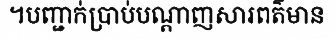
។បញ្ជាក់ប្រាប់បណ្តាញសារពត៌មាន